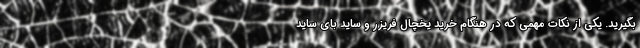
بگیرید. یکی از نکات مهمی که در هنگام خرید یخچال فریزر و ساید بای ساید